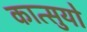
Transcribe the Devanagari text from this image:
कात्सुयो